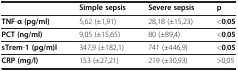
<table><thead><tr><td><b> </b></td><td><b>Simple sepsis</b></td><td><b>Severe sepsis</b></td><td><b>p</b></td></tr></thead><tbody><tr><td><b>TNF</b>-<b>α</b><b>(pg/</b><b>ml)</b></td><td>5,62 (±1,91)</td><td>28,18 (±15,23)</td><td>&lt;<b>0</b>,<b>05</b></td></tr><tr><td><b>PCT</b><b>(ng/</b><b>ml)</b></td><td>9,05 (±15,65)</td><td>80 (±89,4)</td><td>&lt;<b>0</b>,<b>05</b></td></tr><tr><td><b>sTrem</b>-<b>1</b><b>(pg/</b><b>m)l</b></td><td>347,9 (±182,1)</td><td>741 (±446,9)</td><td>&lt;<b>0</b>,<b>05</b></td></tr><tr><td><b>CRP</b><b>(mg/</b><b>l)</b></td><td>153 (±27,21)</td><td>219 (±30,93)</td><td>&gt;0,05</td></tr></tbody></table>